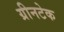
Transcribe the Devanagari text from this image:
ग्रीनटेक